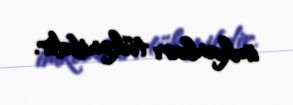
imkanları tükənibdir.